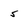
Character: 5